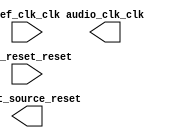

module audio_clk (
	audio_clk_clk,
	ref_clk_clk,
	ref_reset_reset,
	reset_source_reset);	

	output		audio_clk_clk;
	input		ref_clk_clk;
	input		ref_reset_reset;
	output		reset_source_reset;
endmodule